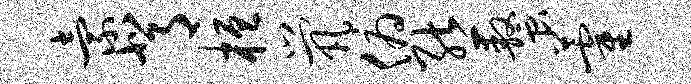
索背桓茕俯熊螯藿